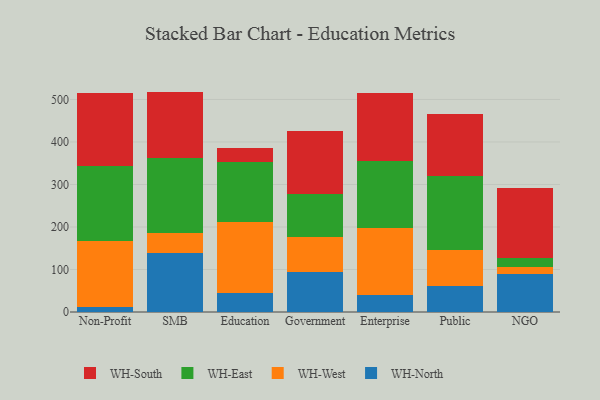
{"axis": {"x": "Segment", "y": "Churn Rate (%)"}, "legend": ["WH-East", "WH-North", "WH-South", "WH-West"], "data": [{"x": "Non-Profit", "y": 12.9, "type": "WH-North"}, {"x": "Non-Profit", "y": 153.4, "type": "WH-West"}, {"x": "Non-Profit", "y": 178.3, "type": "WH-East"}, {"x": "Non-Profit", "y": 169.6, "type": "WH-South"}, {"x": "SMB", "y": 138.7, "type": "WH-North"}, {"x": "SMB", "y": 47.5, "type": "WH-West"}, {"x": "SMB", "y": 176.8, "type": "WH-East"}, {"x": "SMB", "y": 155.5, "type": "WH-South"}, {"x": "Education", "y": 45.0, "type": "WH-North"}, {"x": "Education", "y": 166.5, "type": "WH-West"}, {"x": "Education", "y": 141.9, "type": "WH-East"}, {"x": "Education", "y": 33.5, "type": "WH-South"}, {"x": "Government", "y": 94.9, "type": "WH-North"}, {"x": "Government", "y": 82.3, "type": "WH-West"}, {"x": "Government", "y": 99.5, "type": "WH-East"}, {"x": "Government", "y": 149.7, "type": "WH-South"}, {"x": "Enterprise", "y": 41.1, "type": "WH-North"}, {"x": "Enterprise", "y": 156.5, "type": "WH-West"}, {"x": "Enterprise", "y": 157.7, "type": "WH-East"}, {"x": "Enterprise", "y": 159.0, "type": "WH-South"}, {"x": "Public", "y": 61.2, "type": "WH-North"}, {"x": "Public", "y": 84.3, "type": "WH-West"}, {"x": "Public", "y": 173.7, "type": "WH-East"}, {"x": "Public", "y": 147.5, "type": "WH-South"}, {"x": "NGO", "y": 90.0, "type": "WH-North"}, {"x": "NGO", "y": 16.4, "type": "WH-West"}, {"x": "NGO", "y": 21.2, "type": "WH-East"}, {"x": "NGO", "y": 163.7, "type": "WH-South"}]}